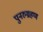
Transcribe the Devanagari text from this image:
पुनरुग्रहण